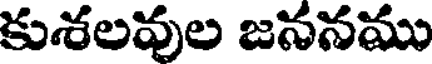
కుశలవుల జననము